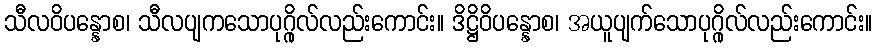
သီလဝိပန္နောစ၊ သီလပျကသောပုဂ္ဂိုလ်လည်းကောင်း။ ဒိဋ္ဌိဝိပန္နောစ၊ အယူပျက်သောပုဂ္ဂိုလ်လည်းကောင်း။